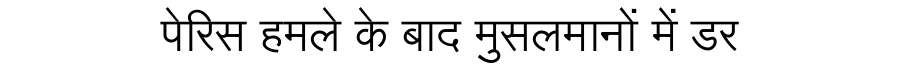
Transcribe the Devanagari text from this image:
पेरिस हमले के बाद मुसलमानों में डर